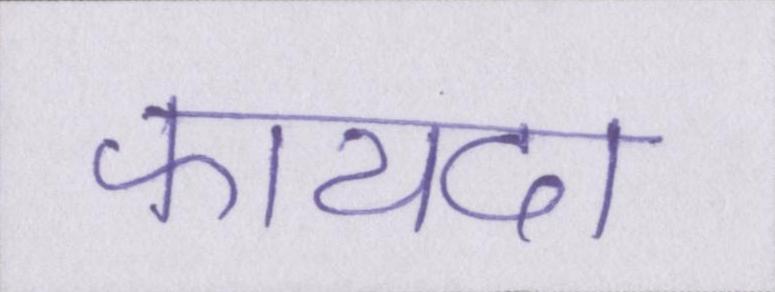
फायदा